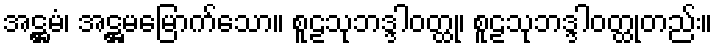
အဋ္ဌမံ၊ အဋ္ဌမမြောက်သော။ စူဠသုဘဒ္ဒါဝတ္ထု၊ စူဠသုဘဒ္ဒါဝတ္ထုတည်း။